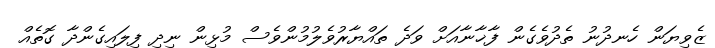
ޒެވިޔަން ހެނދުނު ތެދުވެގެން ފާޚާނާއަށް ވަދެ ތައްޔާރުވެލުމުންވެސް މުޅިން ނިދި ފިލައިގެންދާ ގޮތެއް